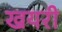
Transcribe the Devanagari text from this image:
खयरी